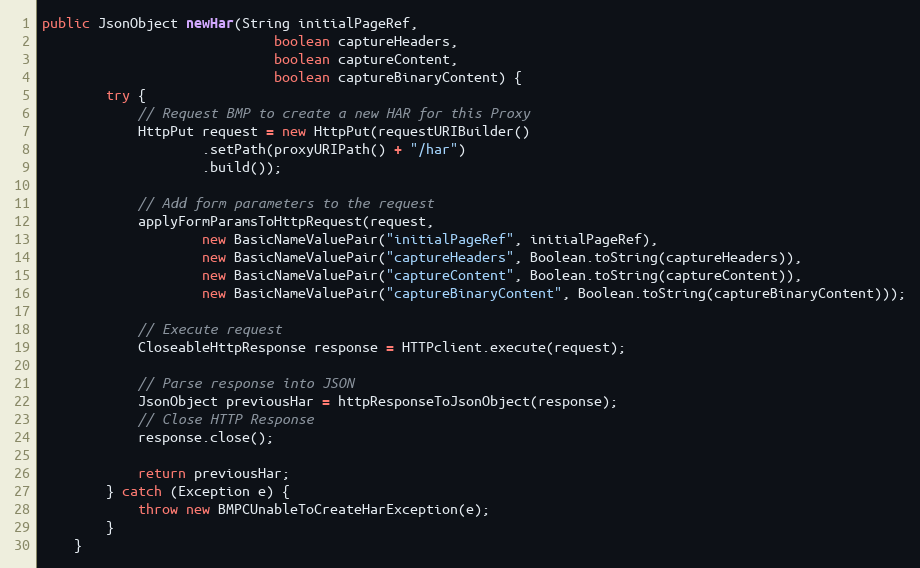
Language: Java
public JsonObject newHar(String initialPageRef,
                             boolean captureHeaders,
                             boolean captureContent,
                             boolean captureBinaryContent) {
        try {
            // Request BMP to create a new HAR for this Proxy
            HttpPut request = new HttpPut(requestURIBuilder()
                    .setPath(proxyURIPath() + "/har")
                    .build());

            // Add form parameters to the request
            applyFormParamsToHttpRequest(request,
                    new BasicNameValuePair("initialPageRef", initialPageRef),
                    new BasicNameValuePair("captureHeaders", Boolean.toString(captureHeaders)),
                    new BasicNameValuePair("captureContent", Boolean.toString(captureContent)),
                    new BasicNameValuePair("captureBinaryContent", Boolean.toString(captureBinaryContent)));

            // Execute request
            CloseableHttpResponse response = HTTPclient.execute(request);

            // Parse response into JSON
            JsonObject previousHar = httpResponseToJsonObject(response);
            // Close HTTP Response
            response.close();

            return previousHar;
        } catch (Exception e) {
            throw new BMPCUnableToCreateHarException(e);
        }
    }